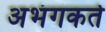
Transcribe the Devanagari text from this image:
अभंगकर्ते